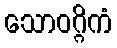
သောဝဂ္ဂိကံ